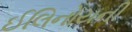
ઈલિનોયની